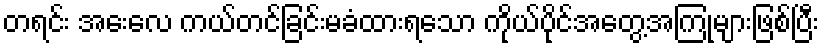
တရင်း အေးလေ ကယ်တင်ခြင်းမခံထားရသော ကိုယ်ပိုင်အတွေ့အကြုံများဖြစ်ပြီး